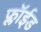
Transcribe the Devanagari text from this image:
फ्लॉईड